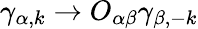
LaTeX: \gamma_{\alpha,{k}}\to O_{\alpha\beta}\gamma_{\beta,{-k}}